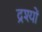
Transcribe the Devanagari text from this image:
द्रश्‍यों